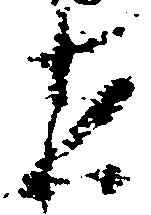
在